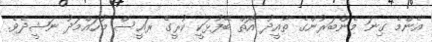
އެންމެ ގިނަ މެންބަރުންގެ ތާއީދު އޮތް ބޭފުޅަކީ ކުރީގެ ރައީސް މުހައްމަދު ނަޝީދެވެ.